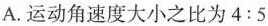
A.运动角速度大小之比为$$4:5$$